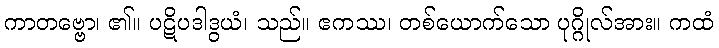
ကာတဗ္ဗော၊ ၏။ ပဋိပဒါဒွယံ၊ သည်။ ဧကဿ၊ တစ်ယောက်သော ပုဂ္ဂိုလ်အား။ ကထံ